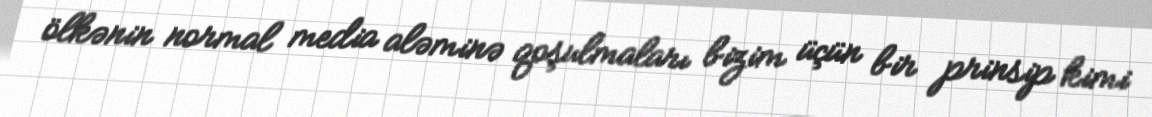
ölkənin normal media aləminə qoşulmaları bizim üçün bir prinsip kimi